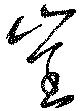
崔